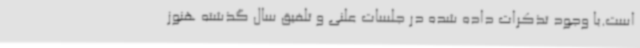
است.با وجود تذکرات داده شده در جلسات علنی و تلفیق سال گذشته هنوز